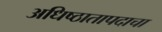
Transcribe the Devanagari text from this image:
अधिष्ठातापदाचा